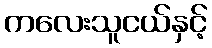
ကလေးသူငယ်နှင့်